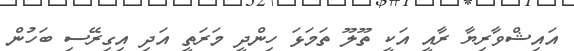
އައިޝްވާރިޔާ ރާއީ އަކީ ތޫލޫ ތަމަޅަ ހިންދީ މަރަތީ އަދި އިގިރޭސި ބަހުން